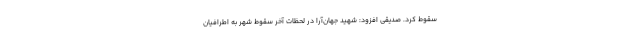
سقوط کرد. صدیقی افزود: شهید جهان‌آرا در لحظات آخر سقوط شهر به اطرافیان